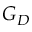
G _ { D }